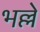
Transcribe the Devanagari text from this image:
भल्ले